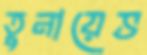
তুনায়েভ